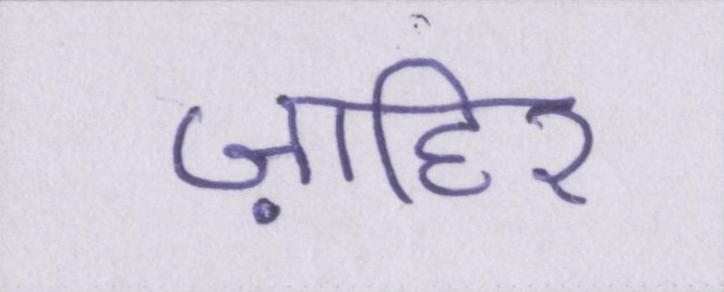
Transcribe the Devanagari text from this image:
ज़ाहिर